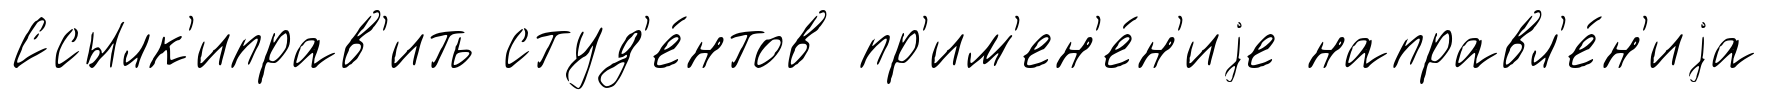
Ссылк'иправ'ить студ'е́нтов пр'им'ен'е́н'иjе направл'е́н'иjа